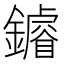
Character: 䥧